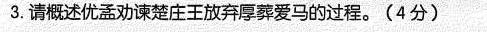
3.请概述优孟劝谏楚庄王放弃厚葬爱马的过程。(4分)